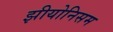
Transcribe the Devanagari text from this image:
झीयोनिसम